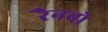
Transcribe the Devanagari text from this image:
रैनबो